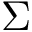
\Sigma